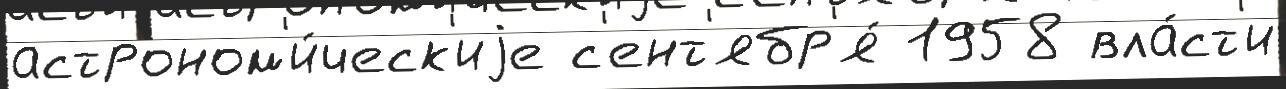
астроном'и́ческ'иjе с'ент'ябр'я́ 1958 вла́ст'и